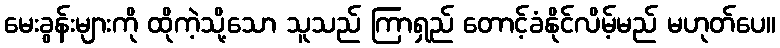
မေးခွန်းများကို ထိုကဲ့သို့သော သူသည် ကြာရှည် တောင့်ခံနိုင်လိမ့်မည် မဟုတ်ပေ။